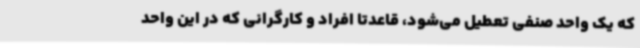
که یک واحد صنفی تعطیل می‌شود، قاعدتا افراد و کارگرانی که در این واحد